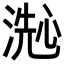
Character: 𬈞